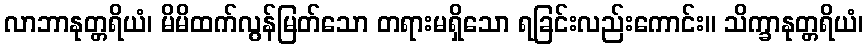
လာဘာနုတ္တရိယံ၊ မိမိထက်လွန်မြတ်သော တရားမရှိသော ရခြင်းလည်းကောင်း။ သိက္ခာနုတ္တရိယံ၊